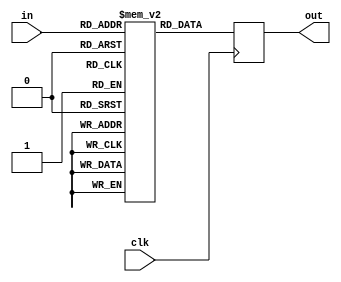
module location_memory(in,out,clk);
input[5:0] in;
input clk;
output reg[7:0] out;
reg[7:0] mem[0:63];
always @(posedge clk) begin
    if(in==8'hFF)out<={8{1'b1}};
    else begin
      out<=mem[in];
    end
end
endmodule
module location_memory_counter(out,clr,clk,com);
input clk,clr;
output reg com;
output[5:0] out;
reg[5:0] counter;
assign out=counter;
always @(posedge clk) begin
    if(clr)counter<=6'b000000;
    else if(counter==6'b101100)begin counter<=6'b000000;com<=1'b1; end
    else begin counter<=counter+1;com<=1'b0; end
end
endmodule
module location_to_index(base_address,location_memory_out,memory_in);
parameter  N=32;
parameter M=256;
parameter width = 8;
parameter row = 5;
input[width-1:0] base_address;
input[width-1:0] location_memory_out;
output reg[width-1:0] memory_in;
always @(*) begin
    if(location_memory_out==8'b11111111)memory_in<=8'b11111111;
    else begin
      memory_in<={4'b0000,location_memory_out[7:4]}*row+{4'b0000,location_memory_out[3:0]};
    end
end
endmodule
module memory(in,out,clk);
parameter width =8;
parameter N = 32;
input clk;
input[width-1:0] in;
output reg[N-1:0] out;
reg[N-1:0] mem[0:256];
always @(posedge clk) begin
    if(in==8'b11111111)out<=8'b00000000;
    else out<=mem[in];
end
endmodule
module de_mux(sel,in,out0,out1,out2,out3,out4);
parameter N =32;
input[2:0] sel;
input[N-1:0] in;
output reg[N-1:0] out0,out1,out2,out3,out4;
always @(*) begin
    case(sel)
    3'b000:out0<=in;
    3'b001:out1<=in;
    3'b010:out2<=in;
    3'b011:out3<=in;
    3'b100:out4<=in;
    default:begin out0<={8{1'b0}};out1<={8{1'b0}};out2<={8{1'b0}};out3<={8{1'b0}};out4<={8{1'b0}}; end
    endcase
end
endmodule
module de_mux_counter(out,clr,clk);
input clk,clr;
output[2:0] out;
reg[2:0] counter;
assign out=counter;
always @(posedge clk) begin
    if(clr)counter<=6'b000;
    else if(counter==6'b100)counter<=6'b000;
    else counter<=counter+1;
end
endmodule
module computational_block(LM_clr,de_mux_clr,com,dmux_sel_out,base_address,clk,out0,out1,out2,out3,out4);
input LM_clr,de_mux_clr,clk;
output com;
input[7:0] base_address;
output[31:0] out0,out1,out2,out3,out4;
output[2:0] dmux_sel_out;
wire[5:0] LM_counter_out;
wire[7:0] LM_data;
wire[7:0] mem_address;
wire[31:0] mem_data;
wire[2:0] dmux_sel;
assign dmux_sel_out=dmux_sel;
location_memory_counter LMC(LM_counter_out,LM_clr,clk,com);
location_memory LM(LM_counter_out,LM_data,clk);
location_to_index LtoI(base_address,LM_data,mem_address);
memory MEM(mem_address,mem_data,clk);
de_mux_counter DMC(dmux_sel,de_mux_clr,clk);
de_mux DM(dmux_sel,mem_data,out0,out1,out2,out3,out4);
endmodule
module controller(init,com,base_address_in,LM_clr,de_mux_clr,base_address,clk);
input init,com,clk;
input[7:0] base_address_in;
output reg LM_clr,de_mux_clr;
output reg[7:0] base_address;
reg[1:0] state;
parameter  S0=2'b00,S1=2'b01,S2=2'b10,S3=2'b11;
always @(posedge clk) begin
    case(state)
    S0:state<=init?S1:S0;
    S1:state<=S2;
    S2:state<=S3;
    S3:state<=com?S0:S3;
    endcase
end
always @(state) begin
    case(state)
    S0:begin LM_clr<=1'b1;de_mux_clr<=1'b0;base_address<=base_address_in; end
    S1:begin LM_clr<=1'b0;de_mux_clr<=1'b1; end
    S2:begin LM_clr<=1'b0;de_mux_clr<=1'b1; end
    S3:begin LM_clr<=1'b0;de_mux_clr<=1'b0; end
    endcase
end
endmodule
module input_of_FIFO(init,com,de_mux_clr_out,dmux_sel_out,base_address,clk,out0,out1,out2,out3,out4);
input init,clk;
output com;
input[7:0] base_address;
output[31:0] out0,out1,out2,out3,out4;
output de_mux_clr_out;
output[2:0] dmux_sel_out;
wire LM_clr,de_mux_clr;
wire[7:0] base_address_ctrl;
wire complete;
assign com=complete;
assign de_mux_clr_out=de_mux_clr;
computational_block CB(LM_clr,de_mux_clr,complete,dmux_sel_out,base_address_ctrl,clk,out0,out1,out2,out3,out4);
controller CN(init,complete,base_address,LM_clr,de_mux_clr,base_address_ctrl,clk);
endmodule
module FIFO(clk,rst,buf_in,buf_out,wr_en,rd_en,buf_empty,buf_full);
parameter N=32;
input rst,clk,wr_en,rd_en;
input[N-1:0] buf_in;
output reg[N-1:0] buf_out;
output reg buf_empty,buf_full;
reg[6:0] fifo_counter;
reg[5:0] rd_ptr,wr_ptr;
reg[N-1:0] buf_mem[63:0];
always @(fifo_counter) begin
    buf_empty<=(fifo_counter==0);
    buf_full<=(fifo_counter==64);
end
always @(posedge clk or posedge rst)begin
    if(rst)fifo_counter<=0;
    else if((!buf_full && wr_en) && (!buf_empty && rd_en))fifo_counter<=fifo_counter;
    else if(!buf_full && wr_en) fifo_counter<=fifo_counter+1;
    else if(!buf_empty && rd_en)fifo_counter<=fifo_counter-1;
    else fifo_counter<=fifo_counter;
end
always @(posedge clk or posedge rst)begin
    if(rst)buf_out<=0;
    else begin
        if(rd_en && !buf_empty)
        buf_out<=buf_mem[rd_ptr];
        else
        buf_out<=buf_out;
    end
end
always @(posedge clk)begin
    if(wr_en && !buf_full)buf_mem[wr_ptr]<=buf_in;
    else buf_mem[wr_ptr]<=buf_mem[wr_ptr];
end
always @(posedge clk or posedge rst)begin
    if(rst)begin
        wr_ptr<=0;
        rd_ptr<=0;
    end
    else begin
        if(!buf_full && wr_en)wr_ptr<=wr_ptr+1;
        else wr_ptr<=wr_ptr;
        if(!buf_empty && rd_en)rd_ptr<=rd_ptr+1;
        else rd_ptr<=rd_ptr;
end
end
endmodule
module signal_to_FIFO(demux_clr,demux_sel,write_en);
input demux_clr;
input[2:0] demux_sel;
output reg[4:0] write_en;
always @(*) begin
    case(demux_sel)
    3'b000:write_en<=demux_clr?5'b00000:5'b00001;
    3'b001:write_en<=demux_clr?5'b00000:5'b00010;
    3'b010:write_en<=demux_clr?5'b00000:5'b00100;
    3'b011:write_en<=demux_clr?5'b00000:5'b01000;
    3'b100:write_en<=demux_clr?5'b00000:5'b10000;
    default:write_en<=5'b00000;
    endcase
end
endmodule
module MEM_FIFO(init,com,clk,rst,rd_en,base_address,out0,out1,out2,out3,out4);
input init,clk,rst;
output com;
output[31:0] out0,out1,out2,out3,out4;
input[7:0] base_address;
input[4:0] rd_en;
wire[31:0] in0,in1,in2,in3,in4;
wire[4:0] wr_en,buf_empty,buf_full;
wire[2:0] dmux_sel_out;
wire en;
assign en=&buf_full;
input_of_FIFO IOF(init & ~en,com,de_mux_clr_out,dmux_sel_out,base_address,clk,in0,in1,in2,in3,in4);
FIFO F0(clk,rst,in0,out0,wr_en[0],rd_en[0],buf_empty[0],buf_full[0]);
FIFO F1(clk,rst,in1,out1,wr_en[1],rd_en[1],buf_empty[1],buf_full[1]);
FIFO F2(clk,rst,in2,out2,wr_en[2],rd_en[2],buf_empty[2],buf_full[2]);
FIFO F3(clk,rst,in3,out3,wr_en[3],rd_en[3],buf_empty[3],buf_full[3]);
FIFO F4(clk,rst,in4,out4,wr_en[4],rd_en[4],buf_empty[4],buf_full[4]);
signal_to_FIFO STF(de_mux_clr_out,dmux_sel_out,wr_en);
endmodule